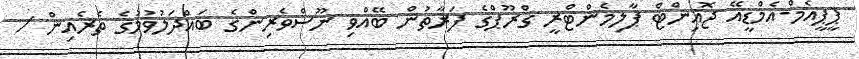
ޕީޕީއެމް-އެމްޑީއޭ ޖޮއިންޓް ޕާލިމެންޓްރީ ގްރޫޕްގެ ފަރާތުން ބޭއްވި ނޫސްވެރިންގެ ބައްދަލުވުމުގެ ތެރެއިން /